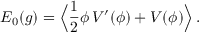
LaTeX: E _ { 0 } ( g ) = \Big \langle { \frac { 1 } { 2 } } \phi \, V ^ { \prime } ( \phi ) + V ( \phi ) \Big \rangle \, .